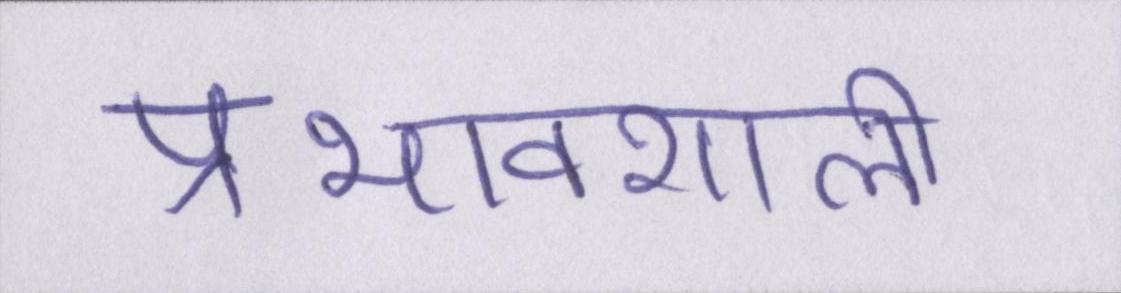
प्रभावशाली